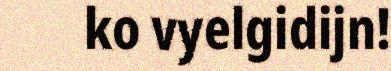
ko vyelgidijn!